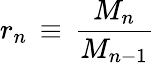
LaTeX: r_{n}\, \equiv\, \frac{M_{n}}{M_{n-1}}